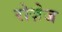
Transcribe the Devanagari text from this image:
रोज़ेज